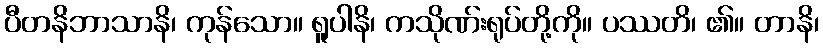
ပီတနိဘာသာနိ၊ ကုန်သော။ ရူပါနိ၊ ကသိုဏ်းရုပ်တို့ကို။ ပဿတိ၊ ၏။ တာနိ၊